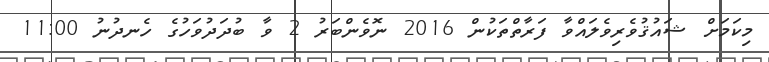
މިކަމަށް ޝައުޤުވެރިވެލައްވާ ފަރާތްތަކުން 2016 ނޮވެންބަރު 2 ވާ ބުދަދުވަހުގެ ހެނދުނު 11:00